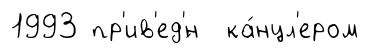
1993 пр'ив'ед'́н ка́нцл'ером